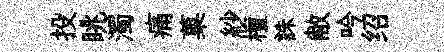
投眺濁痛菓紗檀誅敝吟绍